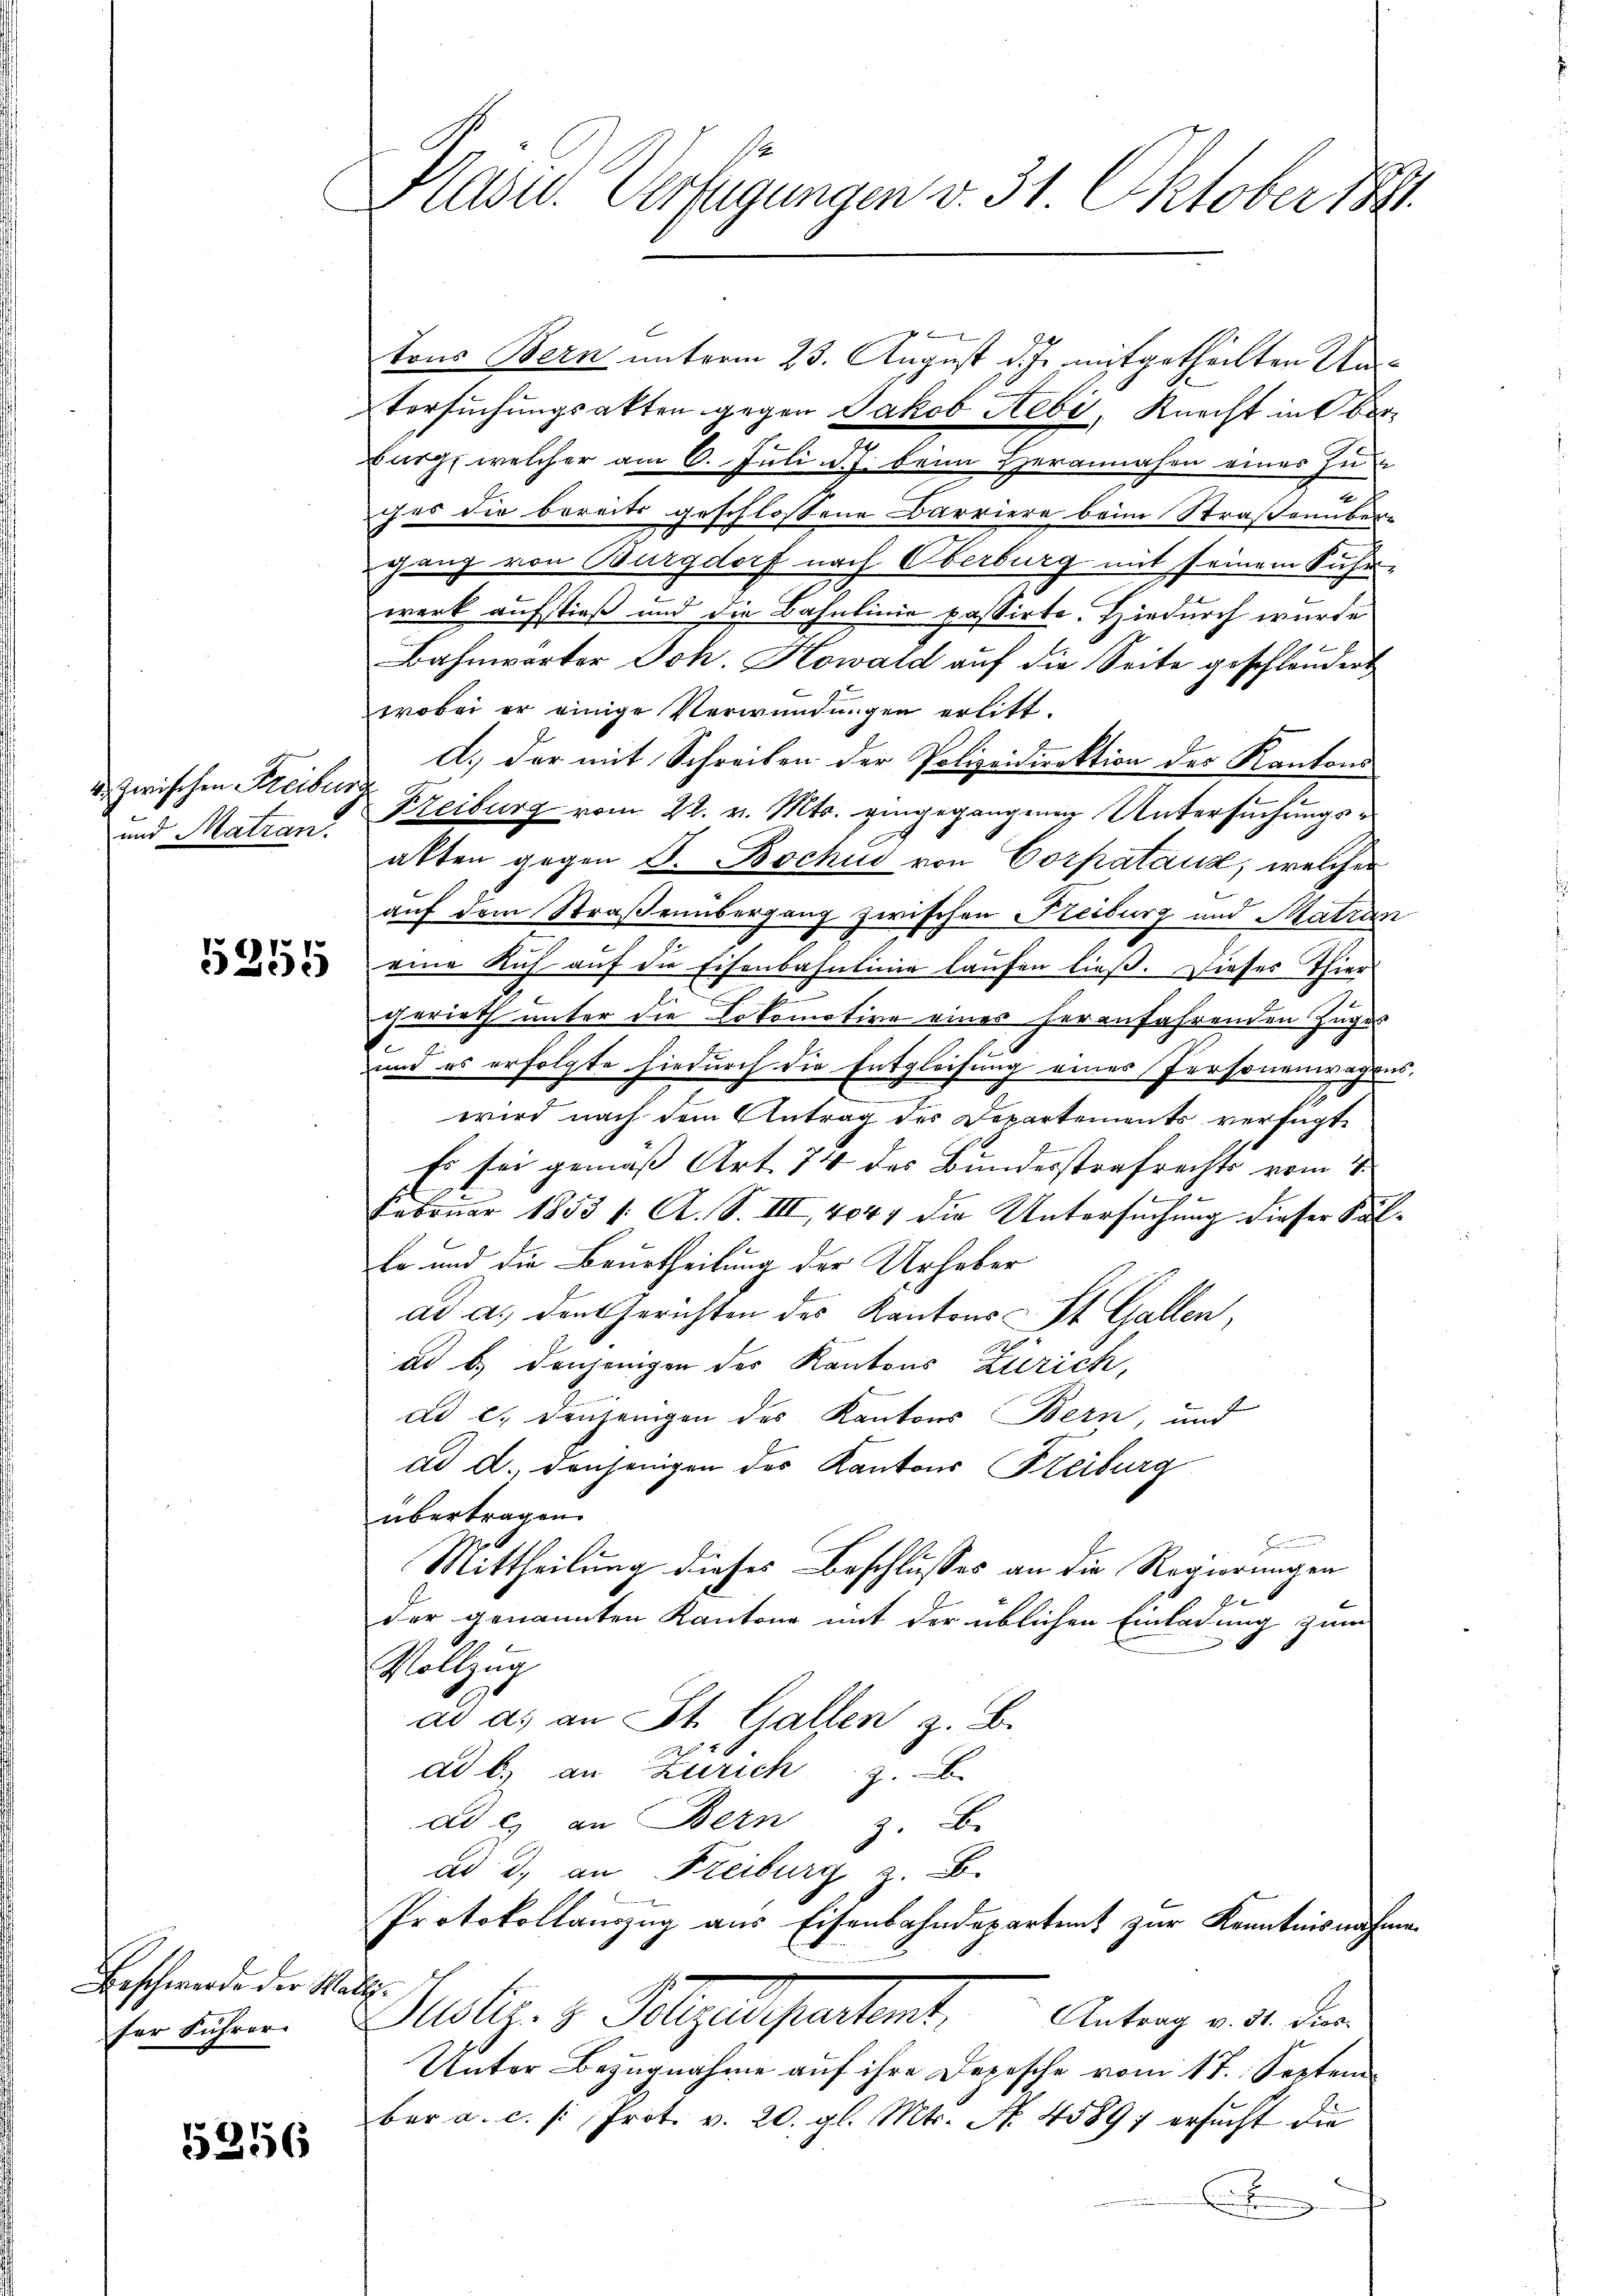
u. Zwischen Freiburg
und Matran.

5255

Beschwerde der Madi¬

5256

Präsid. Verfügungen v. 31. Oktober 188.

f
tons Bern unterm 23. August d. Js. mitgetheilten An¬
Versuchungsakten gegen Jakob Hebi, Knecht in Ober¬
Burg, welcher am 6. Juli d. J. beim Herannahen einer Zu
2
ges die bereits geschlossene Barriere beim Straßenübergang von Burgdorf nach Oberburg mit seinem Führ-
werk aufstieß und die Bahnlinie passirte. Hiedurch wurde
Bahnwärter Joh. Kowald auf die Seite geschlondert
wobei er einige Verwundungen erlitt.
A.) Der mit Schreiben der Polizeidirektion des Kantons
Kzeiburg vom 22. v. Mts. eingegangenen Untersuchungsakten gegen F. Bochus von Corpatanz, welcher
auf dem Straßenübergang zwischen Reiburg und Matran
eine Kuh auf die Eisenbahnlinie laufen ließ. Dieses Thier
gerieth unter die Lokomotive eines heranfahrenden Zuges
t
und es erfolgte hiedurch die Entgleitung eines Personenwagens,
i
wird nach dem Antrag des Departements verfügt,
Es sei gemäß Art. 74 des Bundesstrafrechts vom 1
Februar 1853 /: A. S. III, 4047 die Untersuchung dieser Salle und die Beurtheilung der Urheber
ad a. den Gerichten des Kantons St. Gallen,
ad b.) denjenigen des Kantons Zürich,
dd c. denjenigen des Kantons Bern, und
ad d. denjenigen der Kantons Steiburg
übertragen.
Berechen
Mittheilung dieses Beschlusses an die Regierungen
Er be
der genannten Kantone mit der üblichen Einladung zum
Vollzug
ad as an St. Gallen z. B.
ad b.) an Zürich z.
ad es an Bern z. B.
ad 3., an Freiburg z. B.
Protokollauszug aus Eisenbahndepartent zur Kenntnisnahme
En lichen Public. 3. Folgendepartent.   Antrag v. de die
Unter Bezugnahme auf ihre Depesche vom 17. Septem
ber a. c. s. Prot. v. 20. gl. Mts. No. 4589 ersucht die
.